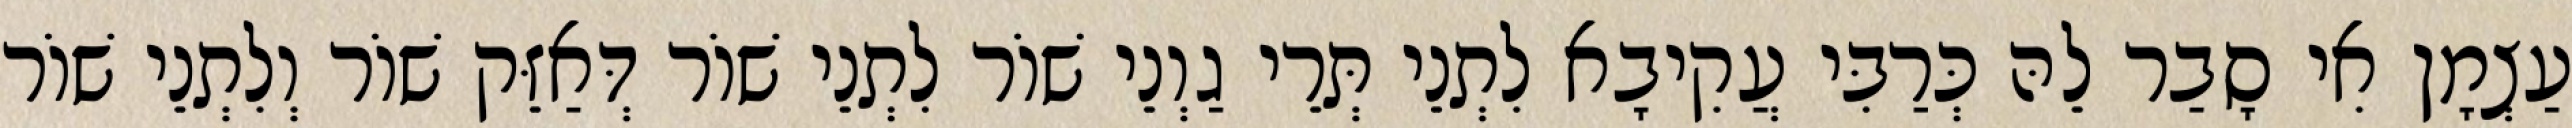
עַצְמָן אִי סָבַר לֵהּ כְּרַבִּי עֲקִיבָא לִתְנֵי תְּרֵי גַוְנֵי שׁוֹר לִתְנֵי שׁוֹר דְּאַזֵּק שׁוֹר וְלִתְנֵי שׁוֹר